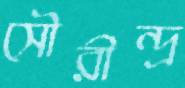
সৌরীন্দ্র